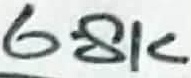
Text: 6.8K